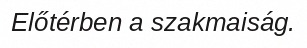
Előtérben a szakmaiság.